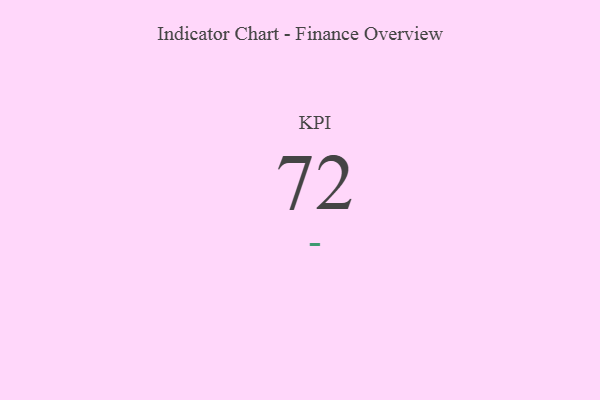
{"axis": {"x": "KPI", "y": "Value"}, "legend": [""], "data": [{"x": "KPI", "y": 72, "type": ""}]}